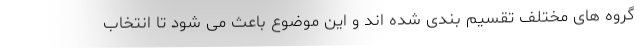
گروه های مختلف تقسیم بندی شده اند و این موضوع باعث می شود تا انتخاب